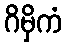
ဂိမှိကံ